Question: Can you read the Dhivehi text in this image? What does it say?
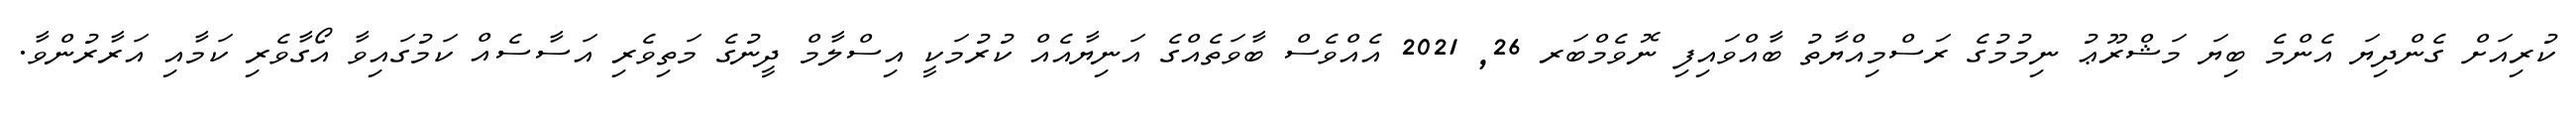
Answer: ކުރިއަށް ގެންދިޔަ އެންމެ ބިޔަ މަޝްރޫޢު ނިމުމުގެ ރަސްމިއްޔާތު ބާއްވައިފި ނޮވެމްބަރ 26, 2021 އެއްވެސް ބާވަތެއްގެ އަނިޔާއެއް ކުރުމަކީ އިސްލާމް ދީނުގެ މަތިވެރި އަސާސެއް ކަމުގައިވާ އޯގާވެރި ކަމާއި އަރާރުންވާ.